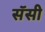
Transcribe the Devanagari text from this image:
सॅसी